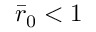
\bar { r } _ { 0 } < 1